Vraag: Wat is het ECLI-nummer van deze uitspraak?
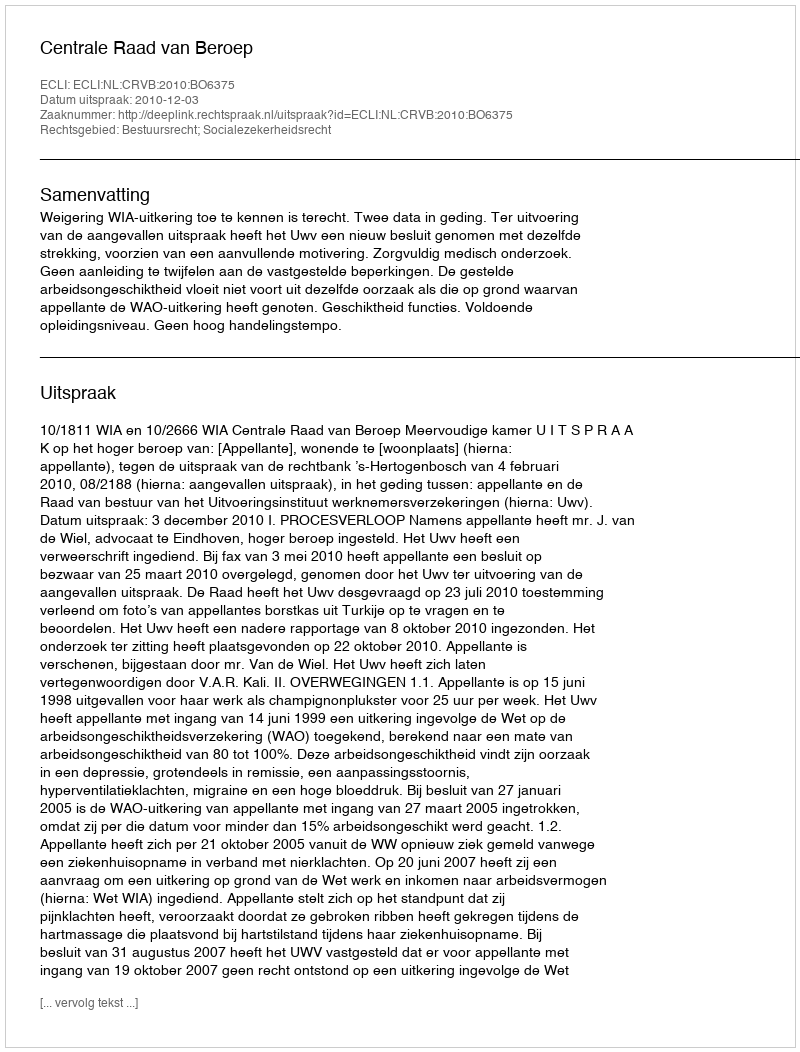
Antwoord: ECLI:NL:CRVB:2010:BO6375